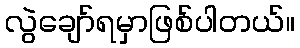
လွဲချော်ရမှာဖြစ်ပါတယ်။